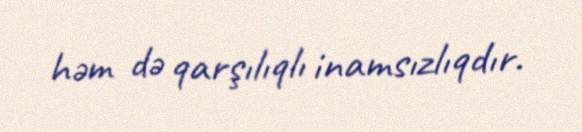
həm də qarşılıqlı inamsızlıqdır.